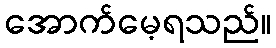
အောက်မေ့ရသည်။